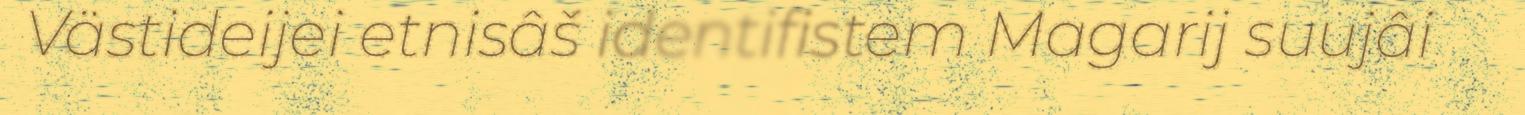
Västideijei etnisâš identifistem Magarij suujâi